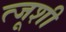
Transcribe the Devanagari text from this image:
त्जूशी